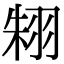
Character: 𦐨